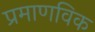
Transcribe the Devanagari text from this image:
प्रमाणविक